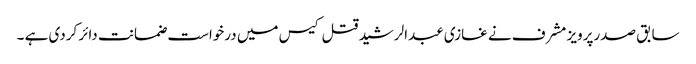
سابق صدرپرویز مشرف نے غازی عبدالرشید قتل کیس میں درخواست ضمانت دائر کردی ہے ۔